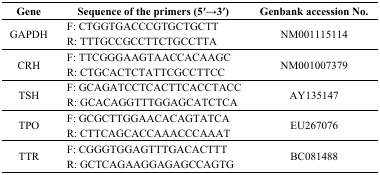
<table><thead><tr><td><b>Gene</b></td><td><b>Sequence of the primers (5ʹ→3ʹ)</b></td><td><b>Genbank accession No.</b></td></tr></thead><tbody><tr><td rowspan="2">GAPDH</td><td>F: CTGGTGACCCGTGCTGCTT</td><td rowspan="2">NM001115114</td></tr><tr><td>R: TTTGCCGCCTTCTGCCTTA</td></tr><tr><td rowspan="2">CRH</td><td>F: TTCGGGAAGTAACCACAAGC</td><td rowspan="2">NM001007379</td></tr><tr><td>R: CTGCACTCTATTCGCCTTCC</td></tr><tr><td rowspan="2">TSH</td><td>F: GCAGATCCTCACTTCACCTACC</td><td rowspan="2">AY135147</td></tr><tr><td>R: GCACAGGTTTGGAGCATCTCA</td></tr><tr><td rowspan="2">TPO</td><td>F: GCGCTTGGAACACAGTATCA</td><td rowspan="2">EU267076</td></tr><tr><td>R: CTTCAGCACCAAACCCAAAT</td></tr><tr><td rowspan="2">TTR</td><td>F: CGGGTGGAGTTTGACACTTT</td><td rowspan="2">BC081488</td></tr><tr><td>R: GCTCAGAAGGAGAGCCAGTG</td></tr></tbody></table>